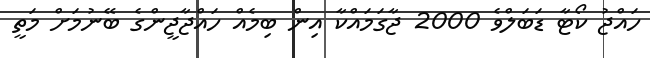
ހައްޖު ކޯޓާ ޑަބަލްވެ 2000 ޖާގަމައްކާ އިން ބިމެއް ހައްޖާޖީންގެ ބޭނުމަށް މަތީ